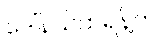
ဒေါ်နယ်ထရန့်က